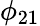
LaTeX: \phi_{21}